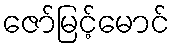
ဇော်မြင့်မောင်